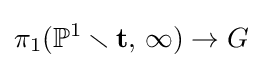
\pi _{1}(\mathbb {P} ^{1}\smallsetminus \mathbf {t} ,\,\infty )\to G